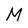
Character: M